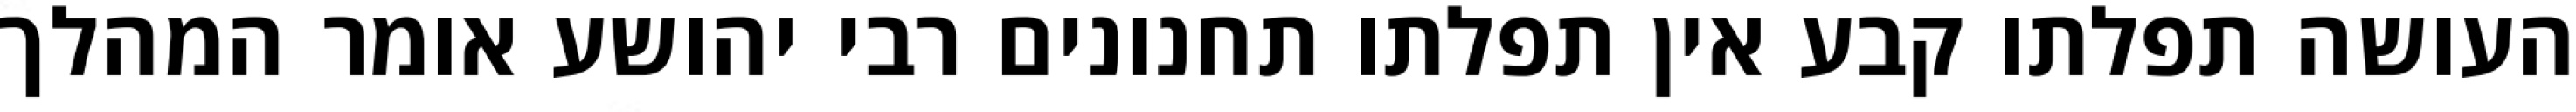
העושה תפלתו קבע אין תפלתו תחנונים רבי יהושע אומר המהלך